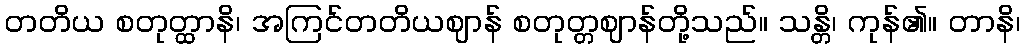
တတိယ စတုတ္ထာနိ၊ အကြင်တတိယဈာန် စတုတ္တဈာန်တို့သည်။ သန္တိ၊ ကုန်၏။ တာနိ၊